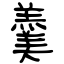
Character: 羹